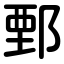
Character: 鄄